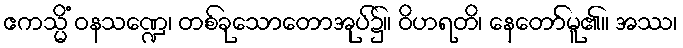
ဧကသ္မိံ ဝနသဏ္ဍေ၊ တစ်ခုသောတောအုပ်၌။ ဝိဟရတိ၊ နေတော်မူ၏။ အဿ၊